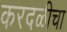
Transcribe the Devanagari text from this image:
करदळीचा